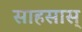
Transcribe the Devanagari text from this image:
साहसास्